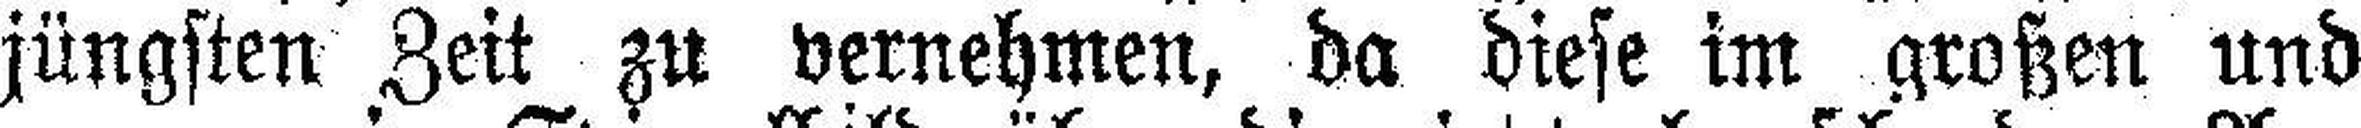
jüngsten Zeit zu vernehmen, da diese im großen und